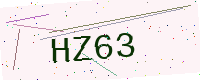
Text: HZ63